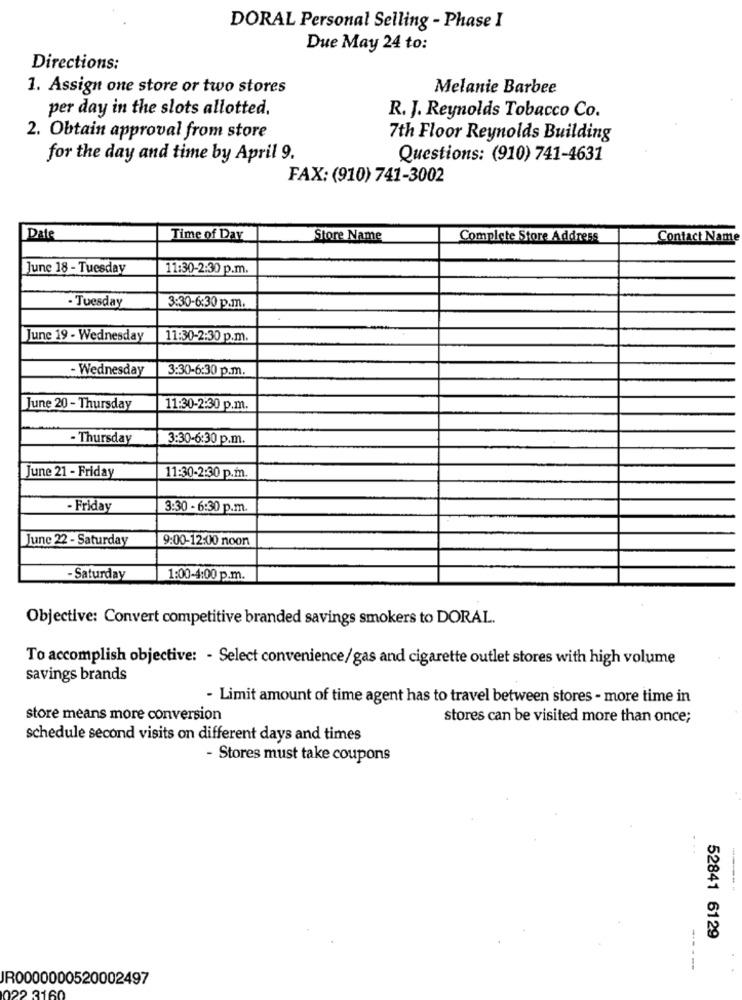
DORAL Personal Selling - Phase I
Due May 24 to:
Directions:
1. Assign one store or two stores
Melanie Barbee
per day in the slots allotted.
R. J. Reynolds Tobacco Co.
2. Obtain approval from store
7th Floor Reynolds Building
for the day and time by April 9.
Questions: (910) 741-4631
FAX: (910) 741-3002
Date
Time of Day
Store Name
Complete Store Address
Contact Name
June 18 - Tuesday
11:30-2:30 p.m.
- Tuesday
3:30-6:30 p.m.
June 19 - Wednesday
11:30-2:30 p.m.
- Wednesday
3:30-6:30 p.m.
June 20 - Thursday
11:30-2:30 p.m.
- Thursday
3:30-6:30 p.m.
June 21 - Friday
11:30-2:30 p.m.
- Friday
3:30 - 6:30 p.m.
June 22 - Saturday
9:00-12:00 noon
-Saturday
1:00-4:00 p.m.
Objective: Convert competitive branded savings smokers to DORAL.
To accomplish objective: - Select convenience/gas and cigarette outlet stores with high volume
savings brands
- Limit amount of time agent has to travel between stores - more time in
store means more conversion
stores can be visited more than once;
schedule second visits on different days and times
- Stores must take coupons
52841 6129
-----
JR0000000520002497
022 3160